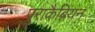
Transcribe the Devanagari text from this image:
पुराकैब्रियन